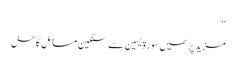
“
مزید پڑھیں سورۃ یسین سے سنگین مسائل کا حل